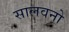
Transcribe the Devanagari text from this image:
सालवनो